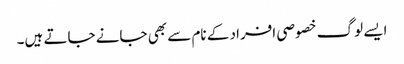
ایسے لوگ خصوصی افراد کے نام سے بھی جانے جاتے ہیں۔